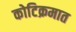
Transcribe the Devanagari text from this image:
कोटिक्रमात